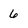
Character: 6